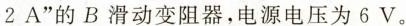
2A”的B滑动变阻器，电源电压为6V。